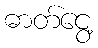
ဓာတ်ငွေ့